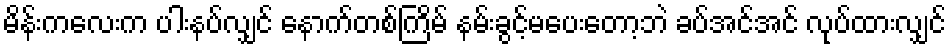
မိန်းကလေးက ပါးနပ်လျှင် နောက်တစ်ကြိမ် နမ်းခွင့်မပေးတော့ဘဲ ခပ်အင်အင် လုပ်ထားလျှင်